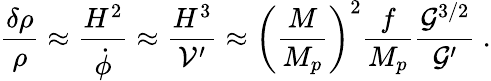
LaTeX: {\frac{\delta\rho}{\rho}}\approx{\frac{H^{2}}{\dot{\phi}}}\approx{\frac{H^{3}}{\cal V^{\prime}}}\approx\left({\frac{M}{M_{p}}}\right)^{2}{\frac{f}{M_{p}}}{\frac{{\cal G}^{3/2}}{\cal G^{\prime}}}\ .